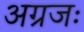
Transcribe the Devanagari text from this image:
अग्रजः